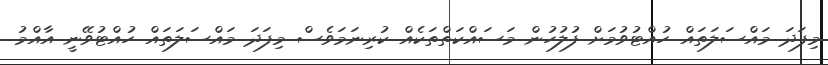
މިފަދަ މައްސަލަތައް ހުއްޓުވުމަށް ފުލުހުން މަސައްކަތްތަކެއް ކުރިނަމަވެސް މިފަދަ މައްސަލަތައް ހުއްޓުވޭނީ އާއްމު